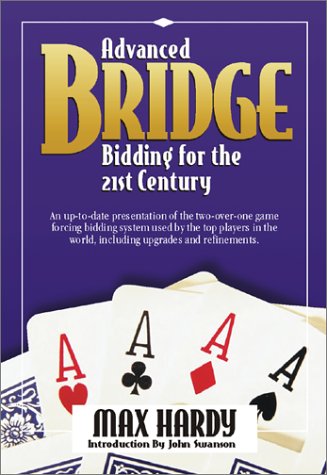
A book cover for Advanced Bridge Bidding for the 21st Century; Max Hardy; Humor & Entertainment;